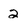
Character: 2